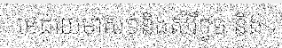
មេដាយមាស១និងសំរឹទ្ធ១ និង